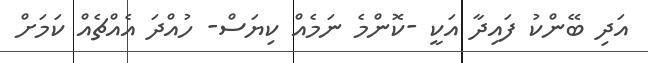
އަދި ބޭންކު ފައިދާ އަކީ -ކޮންމެ ނަމެއް ކިޔަސް- ހުއްދަ އެއްޗެއް ކަމަށް